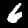
Digit: 6